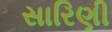
સારિણી